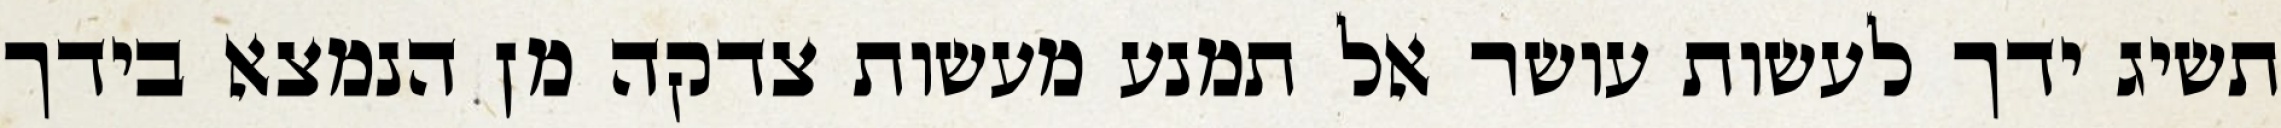
תשיג ידך לעשות עושר אל תמנע מעשות צדקה מן הנמצא בידך